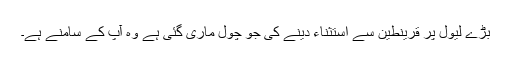
بڑے لیول پر قرینطین سے استثناء دینے کی جو چول ماری گئی ہے وہ آپ کے سامنے ہے۔